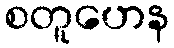
စတူဟေန